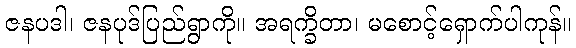
ဇနပဒါ၊ ဇနပုဒ်ပြည်ရွာကို။ အရက္ခိတာ၊ မစောင့်ရှောက်ပါကုန်။